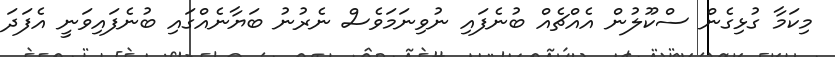
މިކަމާ ގުޅިގެން ސްކޫލުން އެއްޗެއް ބުނެފައި ނުވިނަމަވެސް ނެރުނު ބަޔާނެއްގައި ބުނެފައިވަނީ އެފަދަ